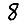
Digit: 8